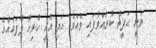
ވަނީ ޙަދީޘް ކުރައްވާފައި ވެއެވެ. އަދި އެއީ ހުރިހާ ފާފައެއްގެ